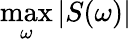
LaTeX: \operatorname*{max}_{\omega}|S(\omega)|